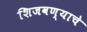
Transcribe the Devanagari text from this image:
शिजवण्याचे